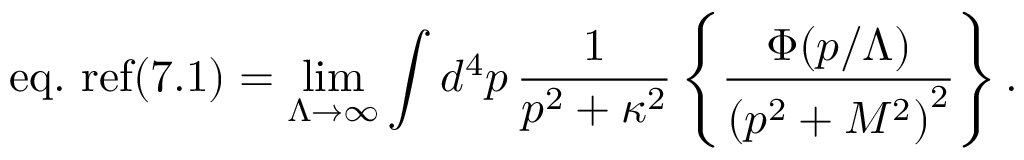
\mathrm { e q . \ r e f { ( 7 . 1 ) } } = \operatorname * { l i m } _ { \Lambda \to \infty } \int d ^ { 4 } p \, { \frac { 1 } { p ^ { 2 } + \kappa ^ { 2 } } } \left\{ { \frac { \Phi ( p / \Lambda ) } { \left( p ^ { 2 } + M ^ { 2 } \right) ^ { 2 } } } \right\} .